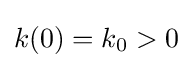
k(0)=k_{0}>0